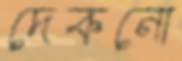
দেকনো